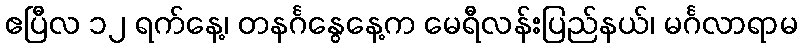
ဧပြီလ ၁၂ ရက်နေ့၊ တနင်္ဂနွေနေ့က မေရီလန်းပြည်နယ်၊ မင်္ဂလာရာမ